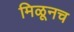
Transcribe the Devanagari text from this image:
मिळूनच